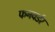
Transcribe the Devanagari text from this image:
फनवर्डर